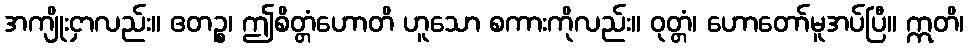
အကျိုးငှာလည်း။ ဧတဉ္စ၊ ဤစိတ္တံဟောတိ ဟူသော စကားကိုလည်း။ ဝုတ္တံ၊ ဟောတော်မူအပ်ပြီ။ ဣတိ၊